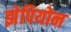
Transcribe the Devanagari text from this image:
झेपियोन